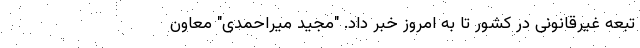
تبعه غیرقانونی در کشور تا به امروز خبر داد. "مجید میراحمدی" معاون